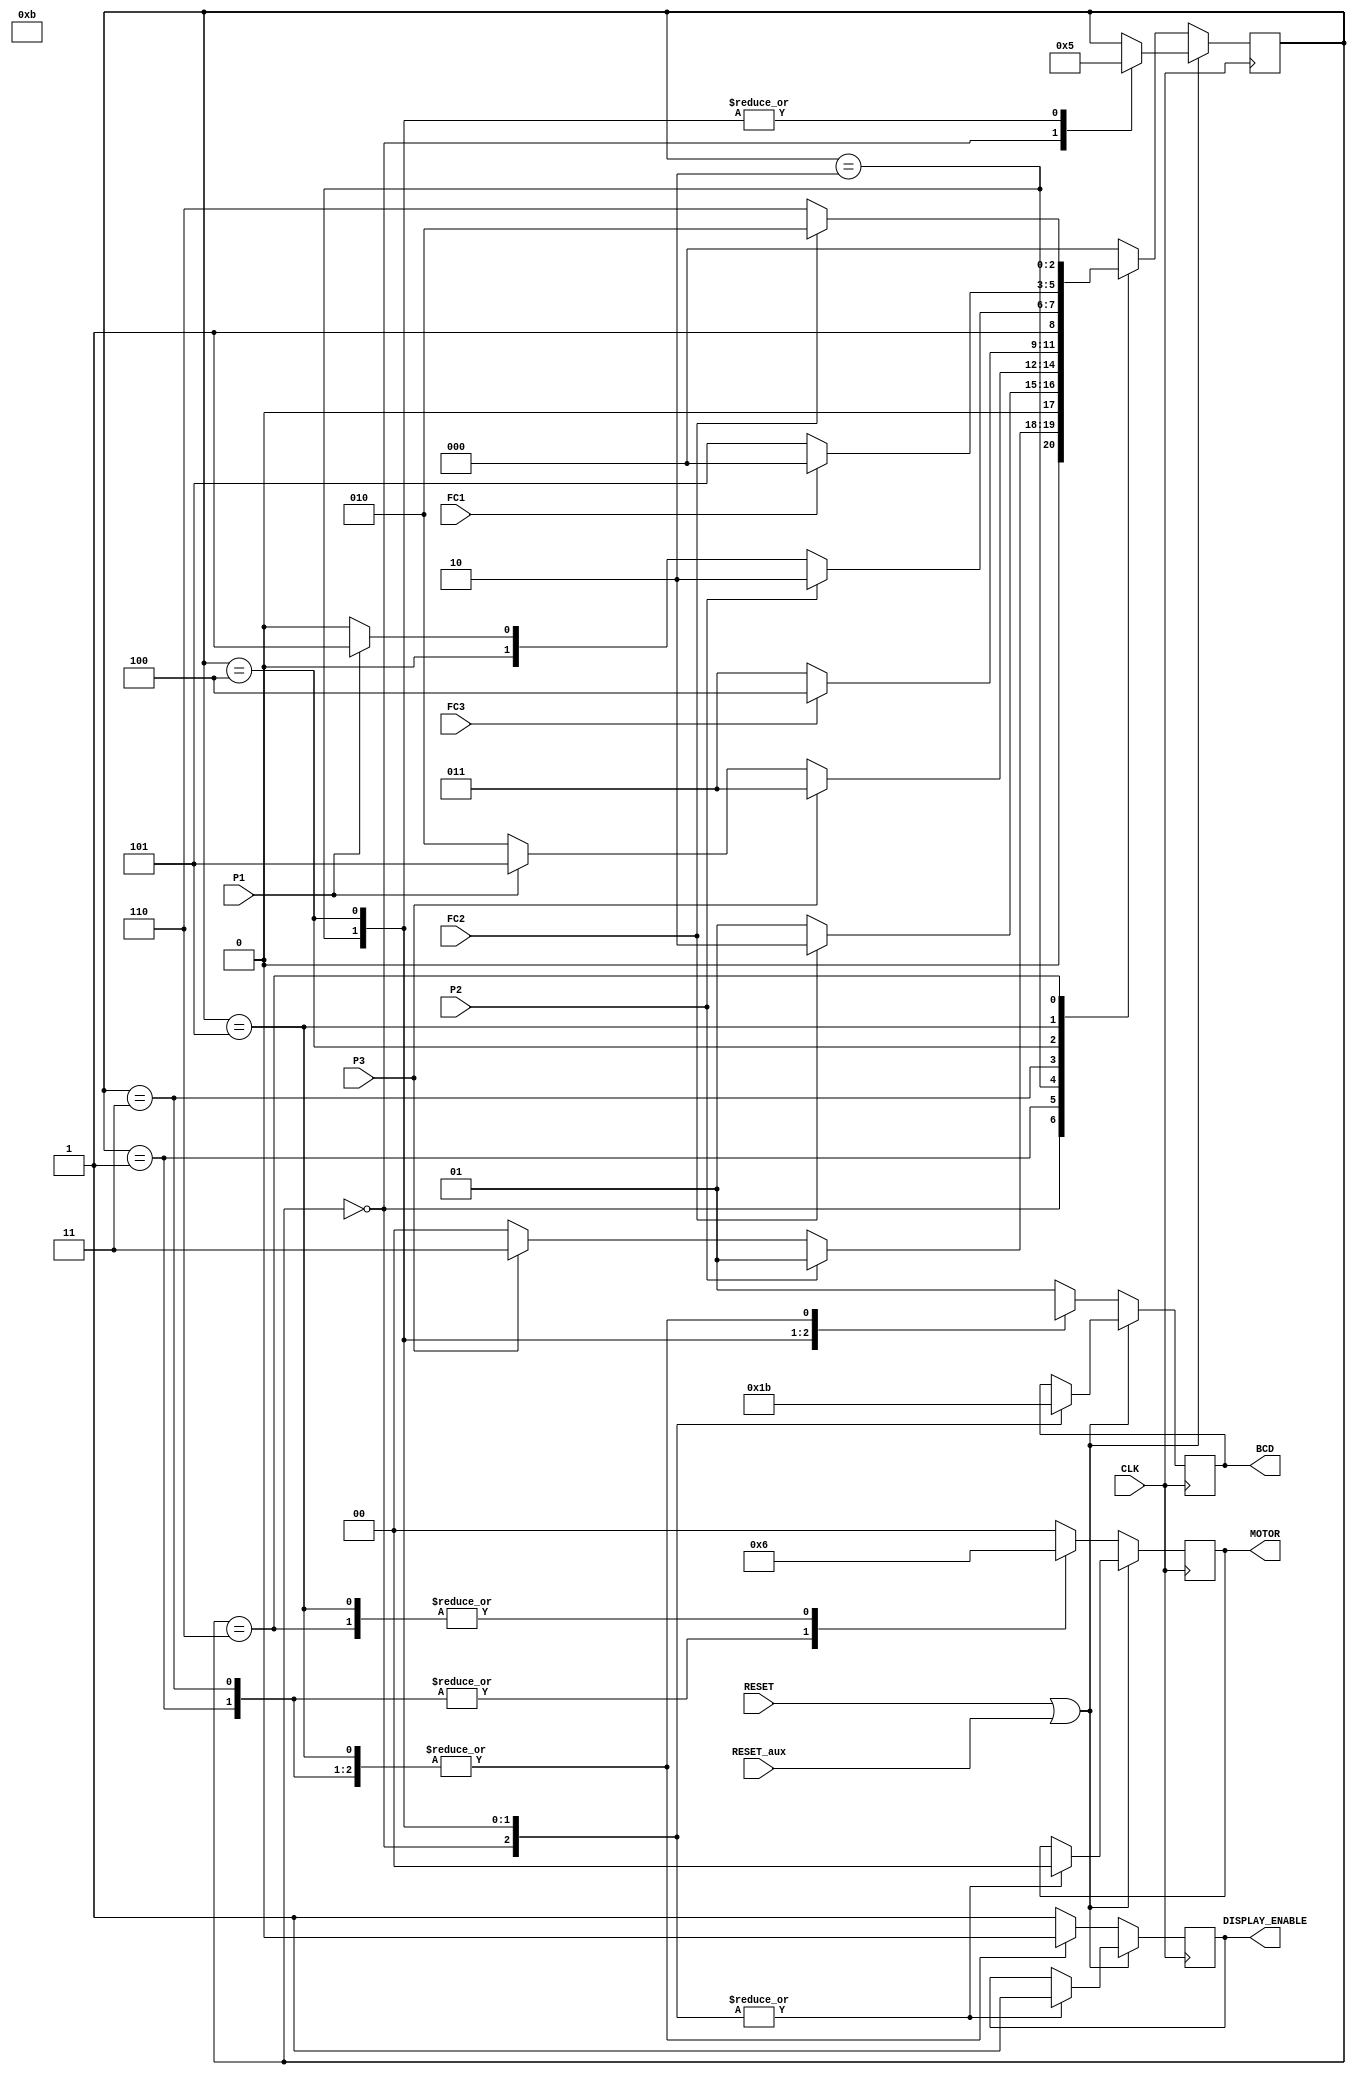
`timescale 1ns / 1ps
//////////////////////////////////////////////////////////////////////////////////
// Company: 
// Engineer: 
// 
// Design Name: 
// Module Name:    Montacargas 
// Project Name: 
// Target Devices: 
// Tool versions: 
// Description: 
//
// Dependencies: 
//
// Revision: 
// Revision 0.01 - File Created
// Additional Comments: 
//
//////////////////////////////////////////////////////////////////////////////////
module Montacarga(
    input CLK,
    input RESET,
	 input RESET_aux,
    input P1,
    input P2,
    input P3,
    input FC1,
    input FC2,
    input FC3,
	 output reg DISPLAY_ENABLE,
    output reg [1:0] MOTOR,
    output reg [1:0] BCD
    );

	//SE DEFINEN LAS CONSTANTES QUE REPRESENTAN LOS ESTADOS DE LA MAQUINA DE MOORE
	parameter Piso1 = 3'b000;
   parameter Sube_1 = 3'b001;
   parameter Piso2 = 3'b010;
   parameter Sube_2 = 3'b011;
   parameter Piso3 = 3'b100;
   parameter Baja_1 = 3'b101;
   parameter Baja_2 = 3'b110;

   reg [2:0] state = Piso1;

	//SE DESCRIBE EL MONTACARGA CON UN RESET SNCRONO
   always@(posedge CLK)
      if (RESET | RESET_aux) begin    //Cunado se presiona el RESET el montacargas se dirige al Piso1
         case(state)
				Piso1 : begin
					state <= Piso1;				 //Se mantiene en le Piso1
					DISPLAY_ENABLE <= 1;			 //Activa el Display
					MOTOR <= 2'b00;             //Apaga el Motor
					BCD <= 2'b01;					 //Muestra por el Display el numero 1
				end
				Piso2 : begin
					state <= Baja_1;				//Se dirige al Piso1
					DISPLAY_ENABLE <= 1;			//Activa el Display
					MOTOR <= 2'b00;				//Apaga el Motor
					BCD <= 2'b10;					//Muestra por el Display el numero 2
				end
				Piso3 : begin
					state <= Baja_1;				//Se dirige al Piso1
					DISPLAY_ENABLE <= 1;			//Activa el Display
					MOTOR <= 2'b00;				//Apaga el Motor
					BCD <= 2'b11;					//Muestra por el Display el numero 3
				end
			endcase
      end
      else
         case (state)
            Piso1 : begin
               if (P2)
                  state <= Sube_1;
               else if (P3)
                  state <= Sube_2;
               else
                  state <= Piso1;
					DISPLAY_ENABLE <= 1;			 //Activa el Display
					MOTOR <= 2'b00;             //Apaga el Motor
					BCD <= 2'b01;					 //Muestra por el Display el numero 1
            end
            Sube_1 : begin
               if (FC2)
                  state <= Piso2;
               else
                  state <= Sube_1;
					DISPLAY_ENABLE <= 0;   //Apaga el display de 7 Segmentos
					MOTOR <= 2'b01;        //El motor se activa para que el montacarga suba hasta el Piso2
					BCD <= 2'bXX;
            end
            Piso2 : begin
               if (P3)
                  state <= Sube_2;
               else if (P1)
                  state <= Baja_1;
               else
                  state <= Piso2;
					DISPLAY_ENABLE <= 1;			//Activa el Display
					MOTOR <= 2'b00;				//Apaga el Motor
					BCD <= 2'b10;					//Muestra por el Display el numero 2
            end
            Sube_2 : begin
               if (FC3)
                  state <= Piso3;
               else
                  state <= Sube_2;
					DISPLAY_ENABLE <= 0;   //Apaga el display de 7 Segmentos
					MOTOR <= 2'b01;        //El motor se activa para que el montacarga suba hasta el Piso3
					BCD <= 2'bXX;
            end
            Piso3 : begin
               if (P2)
                  state <= Baja_2;
               else if (P1)
                  state <= Baja_1;
               else
                  state <= Piso3;
					DISPLAY_ENABLE <= 1;			//Activa el Display
					MOTOR <= 2'b00;				//Apaga el Motor
					BCD <= 2'b11;					//Muestra por el Display el numero 3
            end
            Baja_1 : begin
               if (FC1)
                  state <= Piso1;
               else
                  state <= Baja_1;
					DISPLAY_ENABLE <= 0;   //Apaga el display de 7 Segmentos
					MOTOR <= 2'b10;        //El motor se activa para que el montacarga baje hasta el Piso1
					BCD <= 2'bXX;
            end
            Baja_2 : begin
               if (FC2)
                  state <= Piso2;
               else
                  state <= Baja_2;
					DISPLAY_ENABLE <= 0;   //Apaga el display de 7 Segmentos
					MOTOR <= 2'b10;        //El motor se activa para que el montacarga baje hasta el Piso2
					BCD <= 2'bXX;
            end
				default: begin				  //En caso de que la maquina entre en un estado no conocido, se comporta como un RESET
               state <= Piso1;
					DISPLAY_ENABLE <= 1;
					MOTOR <= 2'b00;
					BCD <= 2'b01;
            end
           
         endcase
							

endmodule